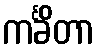
ကင်္ခိတာ